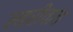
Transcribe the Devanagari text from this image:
लहरींचाच